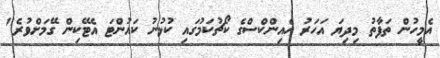
އެމީހުން ތަފާތު މިދިޔަ އަހަރު ހެއިންކްސްގެ ކޯޗުކަމުގައި ކުޅުނު ކައުންޓަ އެޓޭކިން ގޭމަށްވުރެ"